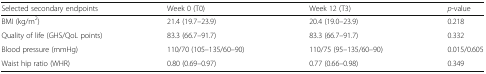
<table><thead><tr><td><b>Selected secondary endpoints</b></td><td><b>Week 0 (T0)</b></td><td><b>Week 12 (T3)</b></td><td><b><i>p</i>-value</b></td></tr></thead><tbody><tr><td>BMI (kg/m<sup>2</sup>)</td><td>21.4 (19.7–23.9)</td><td>20.4 (19.0–23.9)</td><td>0.218</td></tr><tr><td>Quality of life (GHS/QoL points)</td><td>83.3 (66.7–91.7)</td><td>83.3 (66.7–91.7)</td><td>0.332</td></tr><tr><td>Blood pressure (mmHg)</td><td>110/70 (105–135/60–90)</td><td>110/75 (95–135/60–90)</td><td>0.015/0.605</td></tr><tr><td>Waist hip ratio (WHR)</td><td>0.80 (0.69–0.97)</td><td>0.77 (0.66–0.98)</td><td>0.349</td></tr></tbody></table>